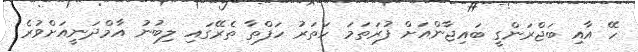
ހޭ އާއި ބަޖްރަންގީ ބައިޖާންއަށް ފުރަތަމަ ހަތަރު ހަފްތާ ތެރޭގައި ލިބުނު އާމްދަނީއަށްވުރެ